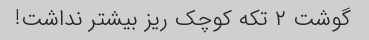
گوشت ۲ تکه کوچک ریز بیشتر نداشت!